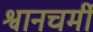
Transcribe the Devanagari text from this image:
श्वानचर्मी